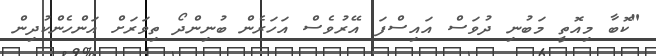
"ކޮބާ މިއޮތީ މަބުނި ދުވަސް އައިސްފަ އޭރުވެސް އަހަރެން ބުނިންދޯ ތިވަރަށް އަންހެންކުދިން